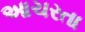
આચરતા